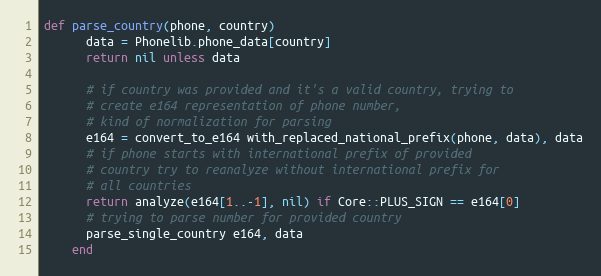
Language: Ruby
def parse_country(phone, country)
      data = Phonelib.phone_data[country]
      return nil unless data

      # if country was provided and it's a valid country, trying to
      # create e164 representation of phone number,
      # kind of normalization for parsing
      e164 = convert_to_e164 with_replaced_national_prefix(phone, data), data
      # if phone starts with international prefix of provided
      # country try to reanalyze without international prefix for
      # all countries
      return analyze(e164[1..-1], nil) if Core::PLUS_SIGN == e164[0]
      # trying to parse number for provided country
      parse_single_country e164, data
    end